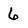
Character: 6